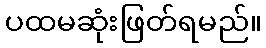
ပထမဆုံးဖြတ်ရမည်။